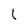
Character: 1